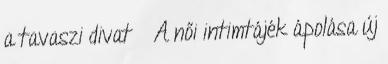
a tavaszi divat » A női intimtájék ápolása új